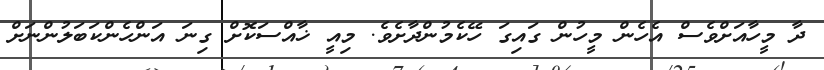
ދާ މީހާއަށްވެސް އެހެން މީހުން ގައިގަ ހޭކެމުންދާށެވެ. މިއީ ޚާއްސަކޮށް ގިނަ އަންހެންކަބަލުންނަށް